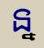
ន្ន